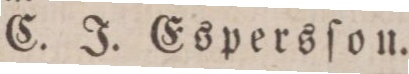
C. J. Espersſon.